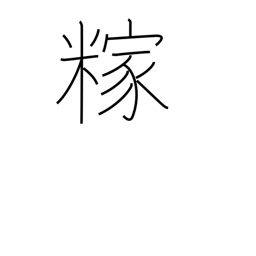
Meaning: rice hulls